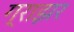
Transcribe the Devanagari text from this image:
ग्राझर